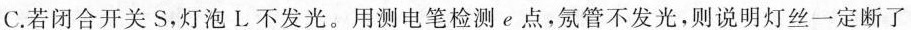
C.若闭合开关S，灯泡L不发光。用测电笔检测e点，氖管不发光，则说明灯丝一定断了